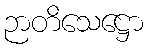
ဉာတိသေဋ္ဌော